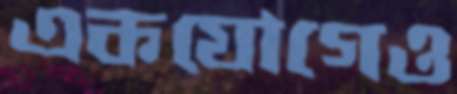
একযোগেও